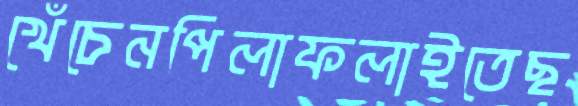
খেঁচেনপিলাফলাইতেছ